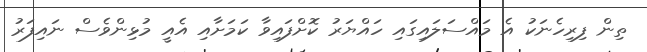
ތިން ފިރިހެނަކު އެ މައްސަލައިގައި ހައްޔަރު ކޮށްފައިވާ ކަމަށާއި އެއީ މުޅިންވެސް ނައިފަރު